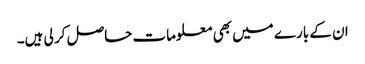
ان کے بارے میں بھی معلومات حاصل کر لی ہیں۔